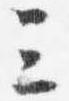
三